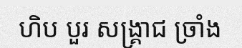
ហិប បួរ សង្គ្រាជ ច្រាំង